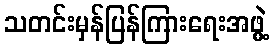
သတင်းမှန်ပြန်ကြားရေးအဖွဲ့